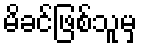
မိခင်ဖြစ်သူမှ